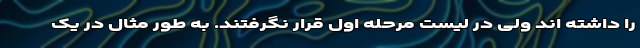
را داشته اند ولی در لیست مرحله اول قرار نگرفتند. به طور مثال در یک